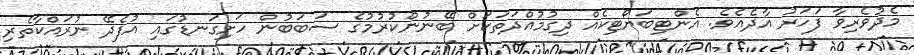
މެދުވެރިވާ ފަހަރު އާދެއެވެ. އެންޓިބަޔޯޓިކެއް ދިގުމުއްދަތަކަށް ބޭނުންކުރުމުގެ ސަބަބުން ހަށިގަނޑުގައި އުފެދޭ ނުރައްކާތެރި